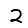
Digit: 2